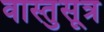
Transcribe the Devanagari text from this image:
वास्तुसूत्र